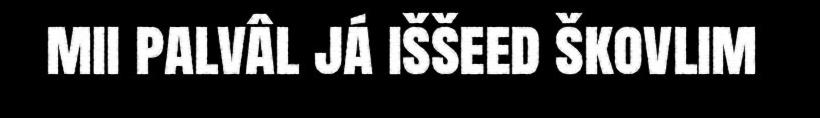
mii palvâl já iššeed škovlim